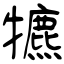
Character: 犥